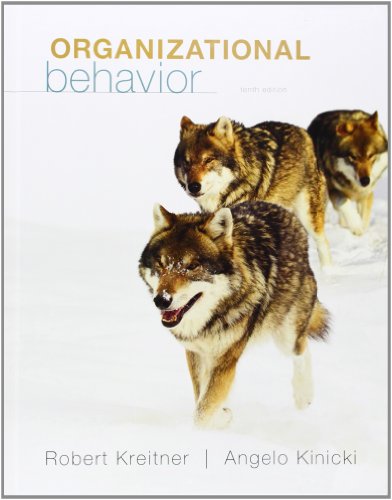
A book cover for Organizational Behavior; Robert Kreitner; Business & Money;